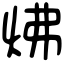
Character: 炥